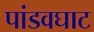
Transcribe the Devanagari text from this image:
पांडवघाट